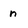
Character: n